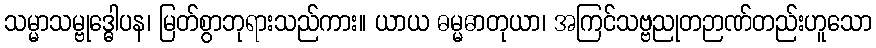
သမ္မာသမ္ဗုဒ္ဓေါပန၊ မြတ်စွာဘုရားသည်ကား။ ယာယ ဓမ္မဓာတုယာ၊ အကြင်သဗ္ဗညုတဉာဏ်တည်းဟူသော